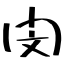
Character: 閔